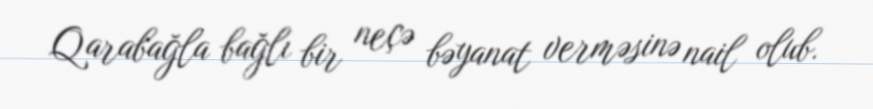
Qarabağla bağlı bir neçə bəyanat verməsinə nail olub.